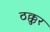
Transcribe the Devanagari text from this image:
ठक्कुर